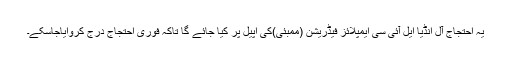
یہ احتجاج آل انڈیا ایل آئی سی ایمپلائز فیڈریشن (ممبئی)کی اپیل پر کیا جائے گا تاکہ فوری احتجاج درج کروایاجاسکے۔